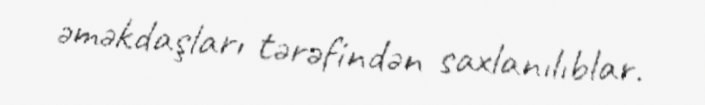
əməkdaşları tərəfindən saxlanılıblar.